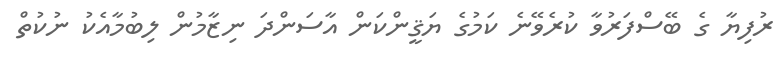
ރުފިޔާ ގެ ބޭސްފަރުވާ ކުރެވޭނެ ކަމުގެ ޔަޤީންކަން އާސަންދަ ނިޒާމުން ލިބުމާއެކު ނުކުތް